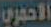
الاحمري